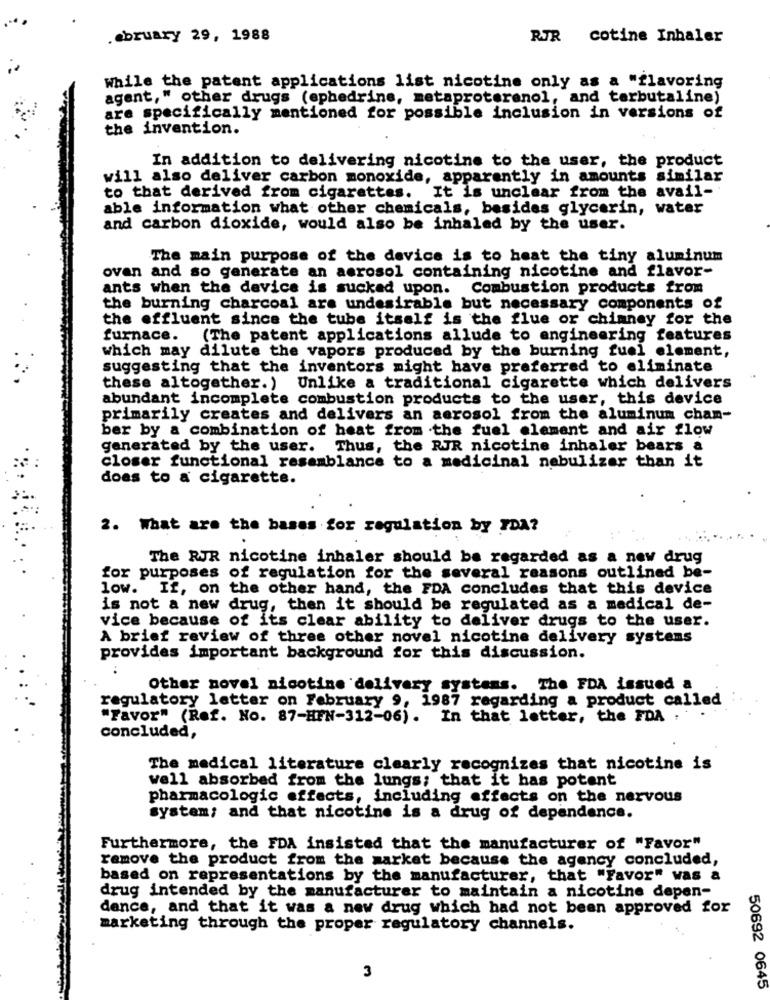
.ebruary 29, 1988
RJR cotine Inhaler
While the patent applications list nicotine only as a "flavoring
agent," other drugs (ephedrine, metaproterenol, and terbutaline)
are specifically mentioned for possible inclusion in versions of
the invention.
In addition to delivering nicotine to the user, the product
will also deliver carbon monoxide, apparently in amounts similar
to that derived from cigarettes. It is unclear from the avail-
able information what other chemicals, besides glycerin, water
and carbon dioxide, would also be inhaled by the user.
The main purpose of the device is to heat the tiny aluminum
ovan and so generate an aerosol containing nicotine and flavor-
ants when the device is sucked upon. Combustion products from
the burning charcoal are undesirable but necessary components of
the effluent since the tube itself is the flue or chimney for the
furnace.
(The patent applications allude to engineering features
which may dilute the vapors produced by the burning fuel element,
suggesting that the inventors might have preferred to eliminate
these altogether.)
Unlike a traditional cigarette which delivers
abundant incomplete combustion products to the user, this device
primarily creates and delivers an aerosol from the aluminum cham-
ber by a combination of heat from the fuel element and air flow
generated by the user.
Thus, the RJR nicotine inhaler bears a
closer functional resemblance to a medicinal nebulizer than it
does to a cigarette.
2. What are the bases for regulation by IDA?
The RJR nicotine inhaler should be regarded as a new drug
for purposes of regulation for the several reasons outlined be-
low. If, on the other hand, the FDA concludes that this device
is not a new drug, then it should be regulated as a medical de-
vice because of its clear ability to deliver drugs to the user.
A brief review of three other novel nicotine delivery systems
provides important background for this discussion.
Other novel nicotine delivery systems. The FDA issued a
regulatory letter on February 9, 1987 regarding a product called
"Favor" (Ref. No. 87-HFN-312-06). In that letter, the FDA :'
concluded,
The medical literature clearly recognizes that nicotine is
well absorbed from the lungs; that it has potent
pharmacologic effects, including effects on the nervous
system; and that nicotine is a drug of dependence.
Furthermore, the FDA insisted that the manufacturer of "Favor"
remove the product from the market because the agency concluded,
based on representations by the manufacturer, that "Favor" was a
drug intended by the manufacturer to maintain a nicotine depen-
dence, and that it was a new drug which had not been approved for
marketing through the proper regulatory channels.
3
50692 0645